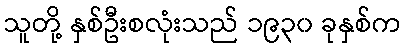
သူတို့ နှစ်ဦးစလုံးသည် ၁၉၃၀ ခုနှစ်က